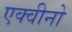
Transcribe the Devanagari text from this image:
एक्वीनो